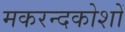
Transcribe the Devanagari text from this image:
मकरन्दकोशों